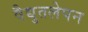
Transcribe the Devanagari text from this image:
वैद्युतलेपन